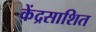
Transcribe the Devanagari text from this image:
केंद्रसाशित